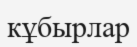
кұбырлар